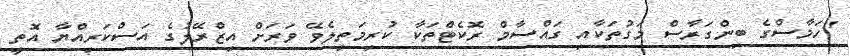
"ހަމާސްގެ ބިންގަރާސް މަގުތަކާއި ގައްސާމް ރޮކެޓްތަކާ ކުރިމަތިލެވޭ ވަރަށް އިޒްރޭލުގެ އަސްކަރިއްޔާ އޮތީ